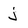
Character: j